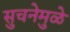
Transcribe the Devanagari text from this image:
सुचनेमुळे